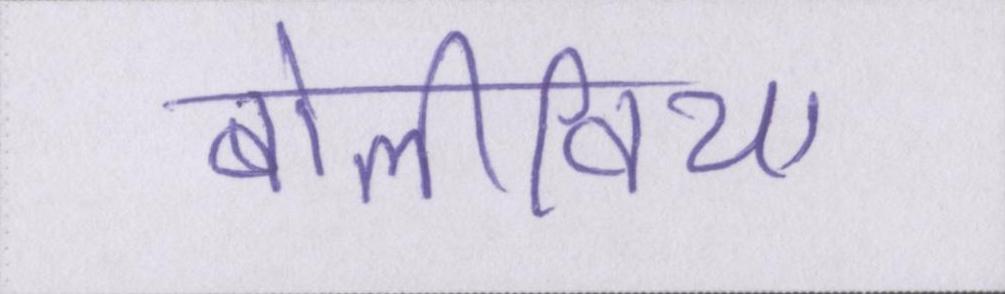
बोलीविया